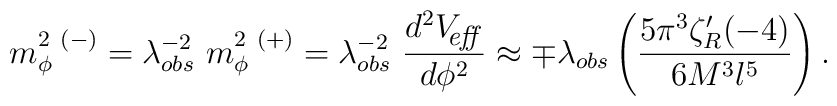
m^{2\ (-)}_\phi = \lambda_{obs}^{-2}\ m^{2\ (+)}_\phi = \lambda_{obs}^{-2}\    {d^2 V_{\hbox{\footnotesize\it \hspace{-6pt} eff\,}}\over  d\phi^2}\approx \mp\lambda_{obs} \left({5\pi^3 \zeta'_R(-4)\over 6 M^3 l^5}\right).